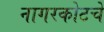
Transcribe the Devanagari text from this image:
नागरकोटचे